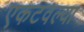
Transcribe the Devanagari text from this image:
एकटवल्या